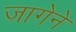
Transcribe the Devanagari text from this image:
जागेने